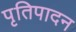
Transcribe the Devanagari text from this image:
पृतिपादन